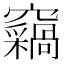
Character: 𫞺